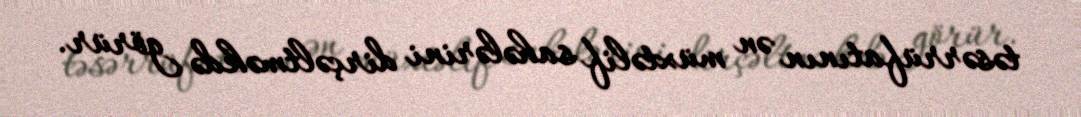
təsərrüfatının ən müxtəlif sahələrini dirçəltməkdə görür.